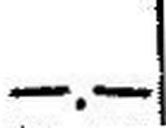
—.—